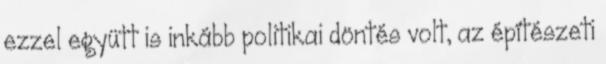
ezzel együtt is inkább politikai döntés volt, az építészeti